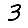
Digit: 3